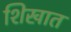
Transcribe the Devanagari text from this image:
शिखात